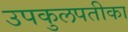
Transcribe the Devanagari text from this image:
उपकुलपतीका